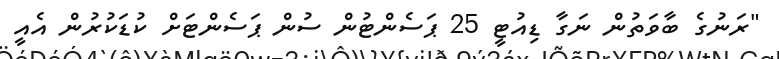
"ރަނުގެ ބާވަތުން ނަގާ ޑިއުޓީ 25 ޕަސެންޓުން ސުން ޕަސެންޓަށް ކުޑަކުރުން އެއީ